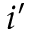
i ^ { \prime }